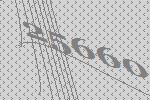
25660